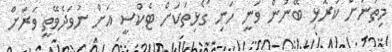
މިތަނަށް ކުރޮޅި ބޭނުން ވަނީ ހަނި ގޯޅިތަކަށް ޓެކްސީ އަށް ނުވަދެވޭތީ ވަރަށް